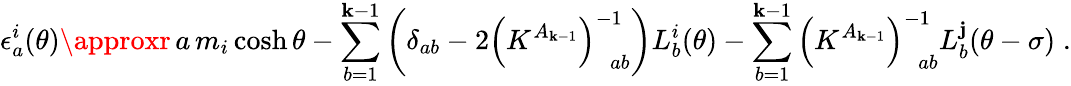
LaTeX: \epsilon_{a}^{i}(\theta)\approxr\, a\, m_{i}\cosh\theta-\sum_{b=1}^{\mathbf{k}-1}\left(\delta_{ab}-2\left(K^{A_{\mathbf{k}-1}}\right)_{\, \, \, ab}^{-1}\right)L_{b}^{i}(\theta)-\sum_{b=1}^{\mathbf{k}-1}\left(K^{A_{\mathbf{k}-1}}\right)_{\, \, \, ab}^{-1}L_{b}^{\mathbf{j}}(\theta-\sigma)\; .